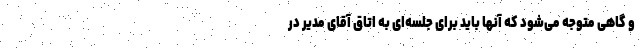
و گاهی متوجه می‌شود که آنها باید برای جلسه‌ای به اتاق آقای مدیر در